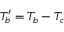
T _ { b } ^ { \prime } = T _ { b } - T _ { c }